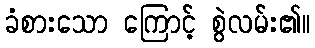
ခံစားသော ကြောင့် စွဲလမ်း၏။